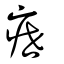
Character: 疶